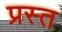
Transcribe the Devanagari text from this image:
प्रस्त